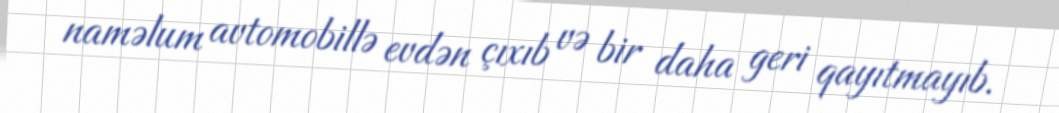
naməlum avtomobillə evdən çıxıb və bir daha geri qayıtmayıb.